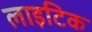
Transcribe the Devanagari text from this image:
लाइटिक